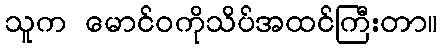
သူက မောင်ဝကိုသိပ်အထင်ကြီးတာ။